Report on lock hospitals in British Burma
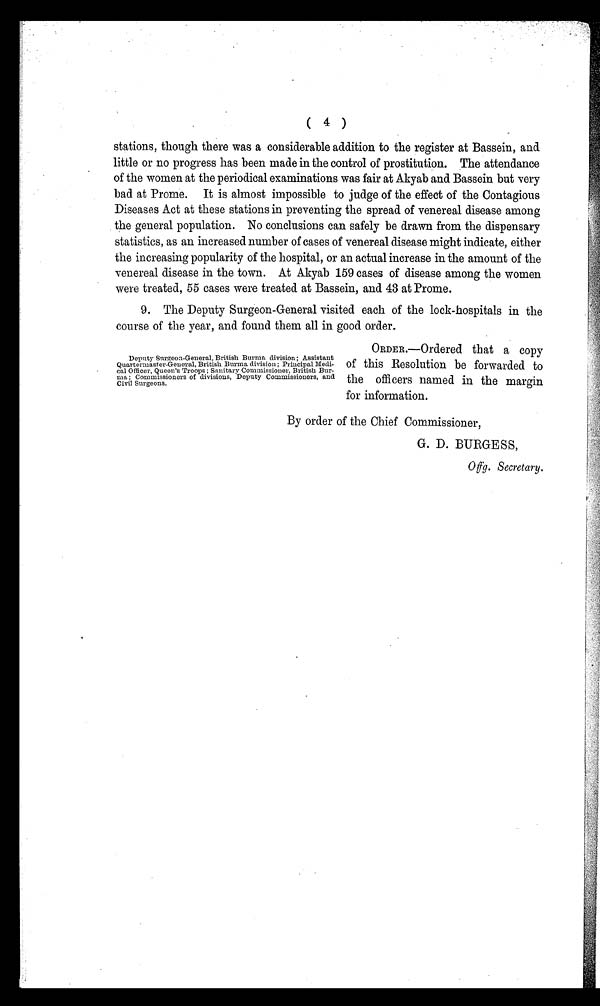
(4)
stations, though there was a considerable addition to the register at Bassein, and
little or no progress has been made in the control of prostitution. The attendance
of the women at the periodical examinations was fair at Akyab and Bassein but very
bad at Prome. It is almost impossible to judge of the effect of the Contagious
Diseases Act at these stations in preventing the spread of venereal disease among
the general population. No conclusions can safely be drawn from the dispensary
statistics, as an increased number of cases of venereal disease might indicate, either
the increasing popularity of the hospital, or an actual increase in the amount of the
venereal disease in the town. At Akyab 159 cases of disease among the women
were treated, 55 cases were treated at Bassein, and 43 at Prome.
9. The Deputy Surgeon-General visited each of the lock-hospitals in the
course of the year, and found them all in good order.
Deputy Surgeon-General, British Burma division; Assistant
Quartermaster-General, British Burma division; Principal Medi-
cal Officer, Queen's Troops; Sanitary Commissioner, British Bur-
ma; Commissioners of divisions, Deputy Commissioners, and
Civil Surgeons.
ORDER.—Ordered that a copy
of this Resolution be forwarded to
the officers named in the margin
for information.
By order of the Chief Commissioner,
G. D. BURGESS,
0 ffg. Secretary.